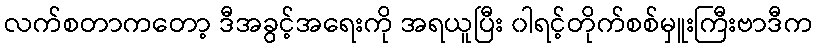
လက်စတာကတော့ ဒီအခွင့်အရေးကို အရယူပြီး ၀ါရင့်တိုက်စစ်မှူးကြီးဗာဒီက